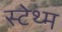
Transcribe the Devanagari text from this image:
स्टेथ्म